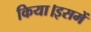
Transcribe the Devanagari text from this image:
किया।इसमें